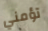
تؤمني